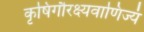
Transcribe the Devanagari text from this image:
कृषिगौरक्ष्यवाणिज्यं